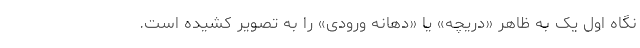
نگاه اول یک به ظاهر «دریچه» یا «دهانه ورودی» را به تصویر کشیده است.